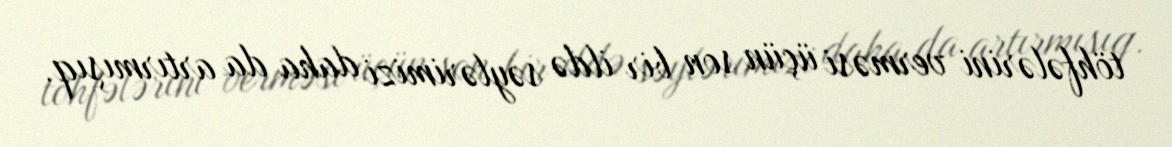
töhfələrini verməsi üçün son bir ildə səylərimizi daha da artırmışıq.